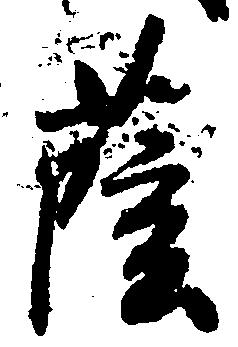
薩